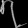
Digit: ၇